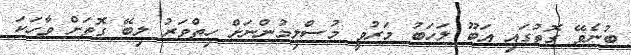
ބުނެވޭ ގޮތުގައި އަބޫ ލަހަބު މަރުވީ މުސްލިމުންނަށް ހިތްވަރު ލިބޭ ގޮތަށް ވާހަކަ